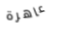
عاهرة